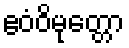
ဧဝံဝိမုတ္တော